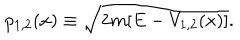
p _ { 1 , 2 } ( x ) \equiv \sqrt { 2 m [ E - V _ { 1 , 2 } ( x ) ] } .